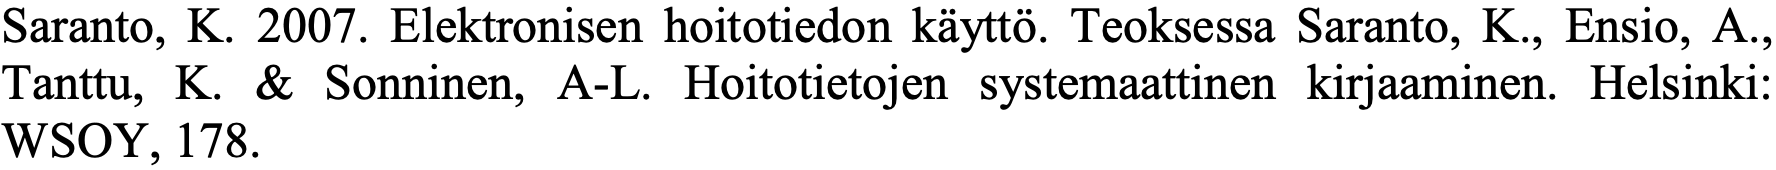
Saranto, K. 2007. Elektronisen hoitotiedon käyttö. Teoksessa Saranto, K., Ensio, A., Tanttu, K. & Sonninen, A-L. Hoitotietojen systemaattinen kirjaaminen. Helsinki: WSOY, 178.